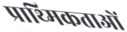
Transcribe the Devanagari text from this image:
प्राथ्मिकताओं